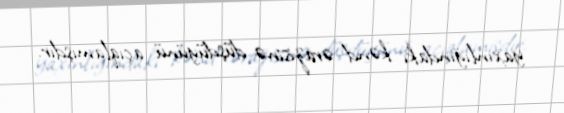
yaxınlığındakı kənd ərazisinə düşdüyünü açıqlamışdır.